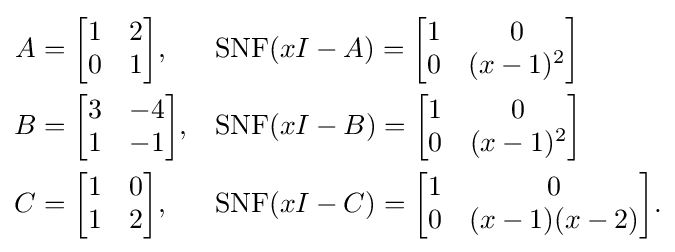
{\begin{aligned}A&{}={\begin{bmatrix}1&2\\0&1\end{bmatrix}},&&{\mbox{SNF}}(xI-A)={\begin{bmatrix}1&0\\0&(x-1)^{2}\end{bmatrix}}\\B&{}={\begin{bmatrix}3&-4\\1&-1\end{bmatrix}},&&{\mbox{SNF}}(xI-B)={\begin{bmatrix}1&0\\0&(x-1)^{2}\end{bmatrix}}\\C&{}={\begin{bmatrix}1&0\\1&2\end{bmatrix}},&&{\mbox{SNF}}(xI-C)={\begin{bmatrix}1&0\\0&(x-1)(x-2)\end{bmatrix}}.\end{aligned}}